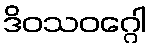
ဒိဝသဝဂ္ဂေါ